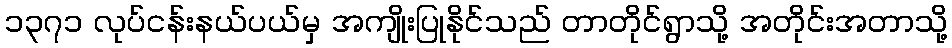
၁၃၇၁ လုပ်ငန်းနယ်ပယ်မှ အကျိုးပြုနိုင်သည် တာတိုင်ရွာသို့ အတိုင်းအတာသို့